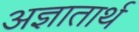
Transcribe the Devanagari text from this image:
अज्ञातार्थ